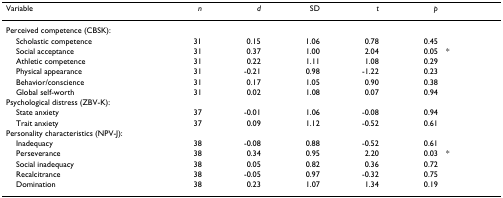
<table><thead><tr><td><b>Variable</b></td><td><b><i>n</i></b></td><td><b><i>d</i></b></td><td><b>SD</b></td><td><b><i>t</i></b></td><td><b><i>p</i></b></td><td></td></tr></thead><tbody><tr><td>Perceived competence (CBSK):</td><td></td><td></td><td></td><td></td><td></td><td></td></tr><tr><td> Scholastic competence</td><td>31</td><td>0.15</td><td>1.06</td><td>0.78</td><td>0.45</td><td></td></tr><tr><td> Social acceptance</td><td>31</td><td>0.37</td><td>1.00</td><td>2.04</td><td>0.05</td><td>*</td></tr><tr><td> Athletic competence</td><td>31</td><td>0.22</td><td>1.11</td><td>1.08</td><td>0.29</td><td></td></tr><tr><td> Physical appearance</td><td>31</td><td>-0.21</td><td>0.98</td><td>-1.22</td><td>0.23</td><td></td></tr><tr><td> Behavior/conscience</td><td>31</td><td>0.17</td><td>1.05</td><td>0.90</td><td>0.38</td><td></td></tr><tr><td> Global self-worth</td><td>31</td><td>0.02</td><td>1.08</td><td>0.07</td><td>0.94</td><td></td></tr><tr><td>Psychological distress (ZBV-K):</td><td></td><td></td><td></td><td></td><td></td><td></td></tr><tr><td> State anxiety</td><td>37</td><td>-0.01</td><td>1.06</td><td>-0.08</td><td>0.94</td><td></td></tr><tr><td> Trait anxiety</td><td>37</td><td>0.09</td><td>1.12</td><td>-0.52</td><td>0.61</td><td></td></tr><tr><td>Personality characteristics (NPV-J):</td><td></td><td></td><td></td><td></td><td></td><td></td></tr><tr><td> Inadequacy</td><td>38</td><td>-0.08</td><td>0.88</td><td>-0.52</td><td>0.61</td><td></td></tr><tr><td> Perseverance</td><td>38</td><td>0.34</td><td>0.95</td><td>2.20</td><td>0.03</td><td>*</td></tr><tr><td> Social inadequacy</td><td>38</td><td>0.05</td><td>0.82</td><td>0.36</td><td>0.72</td><td></td></tr><tr><td> Recalcitrance</td><td>38</td><td>-0.05</td><td>0.97</td><td>-0.32</td><td>0.75</td><td></td></tr><tr><td> Domination</td><td>38</td><td>0.23</td><td>1.07</td><td>1.34</td><td>0.19</td><td></td></tr></tbody></table>